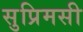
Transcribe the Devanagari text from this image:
सुप्रिमसी